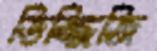
ডিজ্জিজি